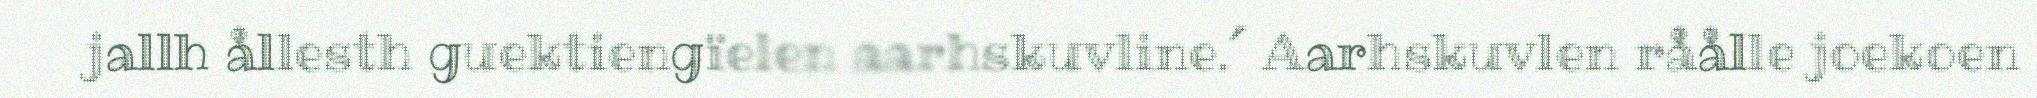
jallh ållesth guektiengïelen aarhskuvline.´ Aarhskuvlen råålle joekoen